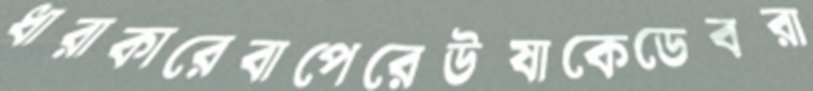
ধারাকারেবাপেরেউষাকেডেবরা